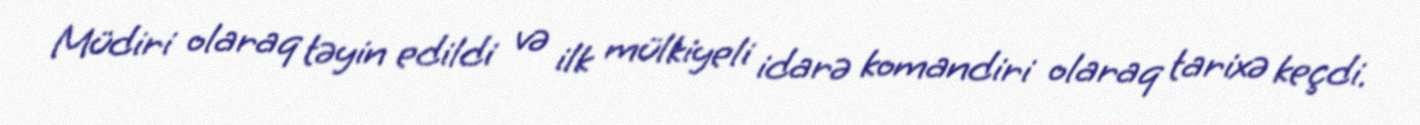
Müdiri olaraq təyin edildi və ilk mülkiyeli idarə komandiri olaraq tarixə keçdi.